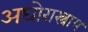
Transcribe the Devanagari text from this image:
अघोरास्त्राय